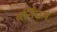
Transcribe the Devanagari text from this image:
बर्निंघम